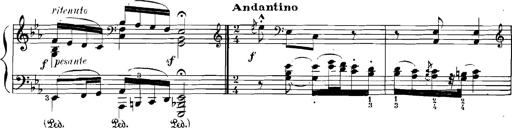
Title: Rhapsodies hongroises
Composer: Franz Liszt